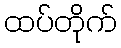
ထပ်တိုက်